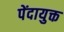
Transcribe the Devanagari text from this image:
पेंदायुक्त